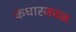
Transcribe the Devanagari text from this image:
कंधारजवळ